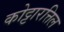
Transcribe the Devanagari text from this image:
कोट्टारत्तिल